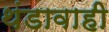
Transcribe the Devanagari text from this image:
थंडावाही